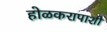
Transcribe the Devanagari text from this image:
होळकरापाशी